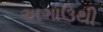
અગાઉથી